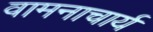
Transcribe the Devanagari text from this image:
वामनाचार्य